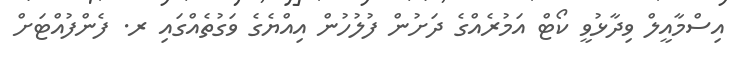
އިސްމާއީލް ވިދާޅުވީ ކޯޓް އަމުރެއްގެ ދަށުން ފުލުހުން އިއްޔެގެ ވަގުތެއްގައި ރ. ފެންފުއްޓަށް